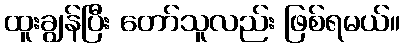
ထူးချွန်ပြီး တော်သူလည်း ဖြစ်ရမယ်။